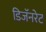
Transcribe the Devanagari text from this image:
डिजॅनरेट